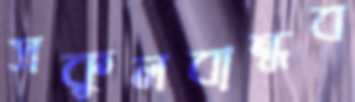
সকুলবান্ধব